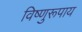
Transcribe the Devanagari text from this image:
विष्णुरूपाय